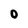
Character: O